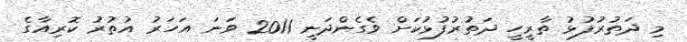
މި ދަތުރުފުޅު ތާރީހީ ދަތުރުފުޅުކަށް ވެގެންދަނީ 2011 ވަނަ އަހަރު އުތުރު ކޮރިއާގެ